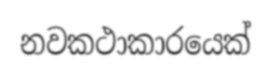
නවකථාකාරයෙක්